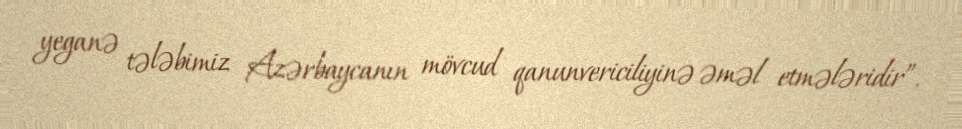
yeganə tələbimiz Azərbaycanın mövcud qanunvericiliyinə əməl etmələridir”.